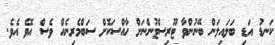
ކަނޑު އަޑި ބަލައިލަން ބޭނުންވާ ޓޫރިސްޓުންނަށް ހާއްސަކޮށް ސަބްމެރިނެއް ވެސް އޮވެ އެވެ.